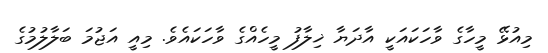
މިއުޅޭ މީހާގެ ވާހަކައަކީ އާދަޔާ ޚިލާފު މީހެއްގެ ވާހަކައެވެ. މިއީ އަޖުމަ ބަލާލުމުގެ